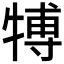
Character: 𤚽